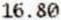
16.80